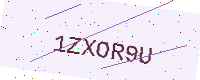
Text: 1ZXOR9U